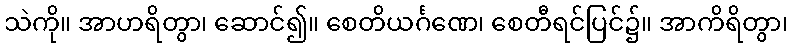
သဲကို။ အာဟရိတွာ၊ ဆောင်၍။ စေတိယင်္ဂဏေ၊ စေတီရင်ပြင်၌။ အာကိရိတွာ၊